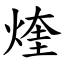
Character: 煃